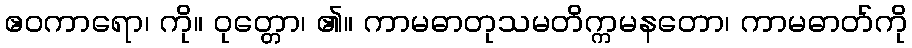
ဧဝကာရော၊ ကို။ ဝုတ္တော၊ ၏။ ကာမဓာတုသမတိက္ကမနတော၊ ကာမဓာတ်ကို